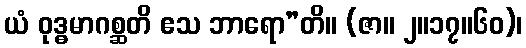
ယံ ဝုဒ္ဓမာဂစ္ဆတိ ဧသ ဘာရော”တိ။ (ဇာ။ ၂။၁၇။၆၀)၊